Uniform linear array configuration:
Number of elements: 12
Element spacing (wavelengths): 1
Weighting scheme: hann
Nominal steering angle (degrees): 0
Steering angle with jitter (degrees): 0.5578
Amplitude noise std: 0.05
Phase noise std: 0.05

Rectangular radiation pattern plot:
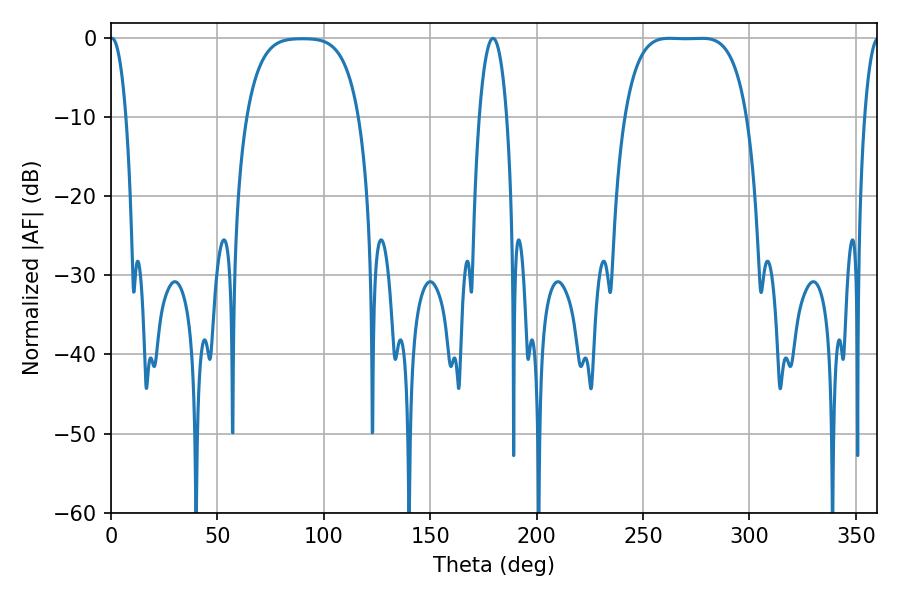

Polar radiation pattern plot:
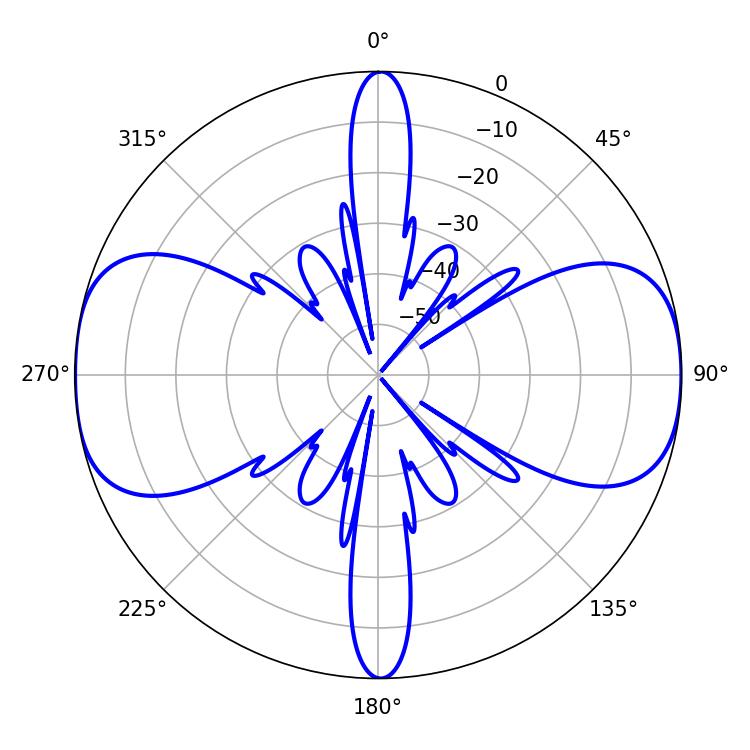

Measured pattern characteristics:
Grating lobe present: TRUE
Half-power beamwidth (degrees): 43.92
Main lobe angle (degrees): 262.44